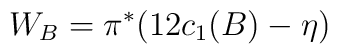
W_{B}=\pi^{*}(12c_{1}(B)-\eta)